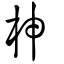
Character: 柛